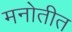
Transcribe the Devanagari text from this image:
मनोतीत